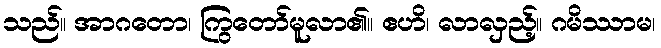
သည်။ အာဂတော၊ ကြွတော်မူလာ၏။ ဧဟိ၊ လာလှည့်။ ဂမိဿာမ၊